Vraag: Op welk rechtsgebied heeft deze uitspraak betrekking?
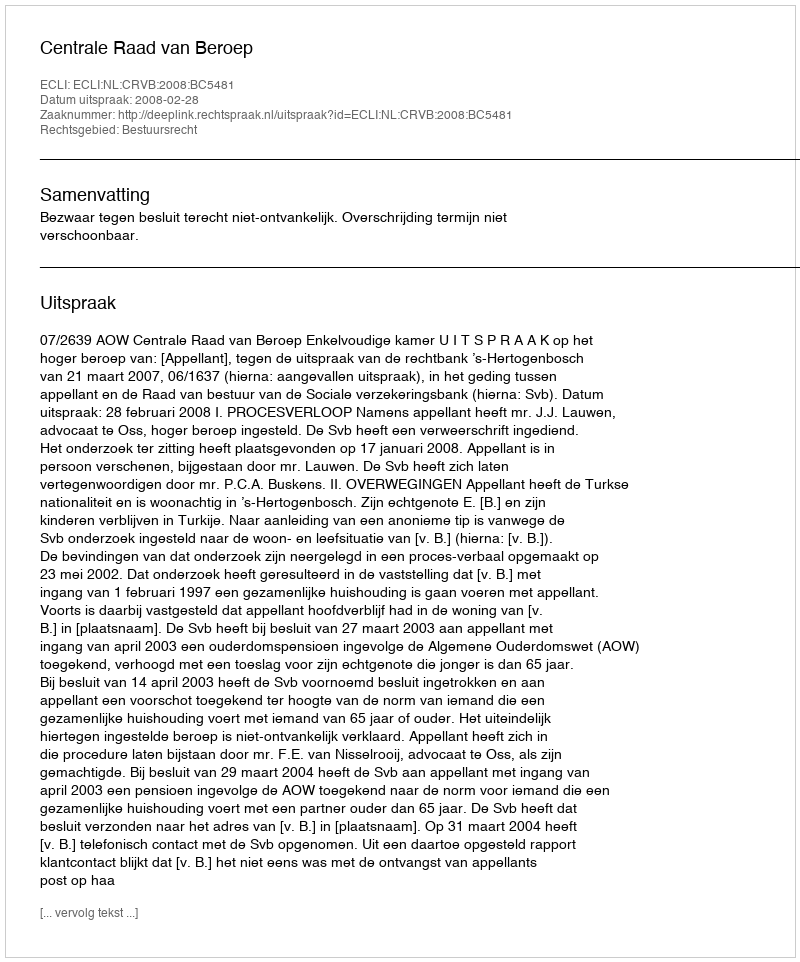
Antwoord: Bestuursrecht